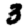
Digit: 3